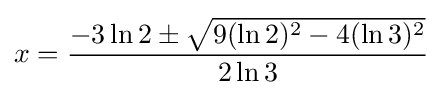
x={\frac {-3\ln 2\pm {\sqrt {9(\ln 2)^{2}-4(\ln 3)^{2}}}}{2\ln 3}}